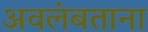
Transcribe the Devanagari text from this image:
अवलंबताना